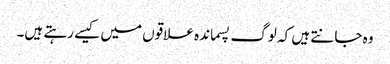
وہ جانتے ہیں کہ لوگ پسماندہ علاقوں میں کیسے رہتے ہیں۔